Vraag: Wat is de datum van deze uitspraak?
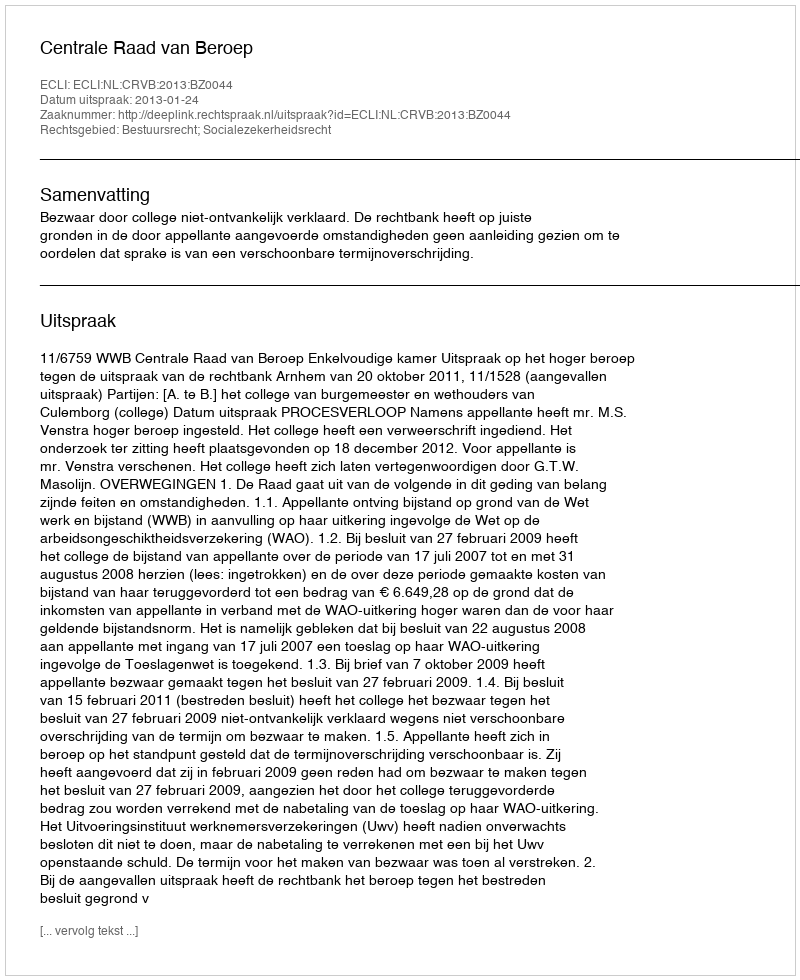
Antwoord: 2013-01-24